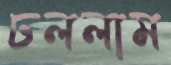
ঢললাম